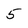
Character: 5